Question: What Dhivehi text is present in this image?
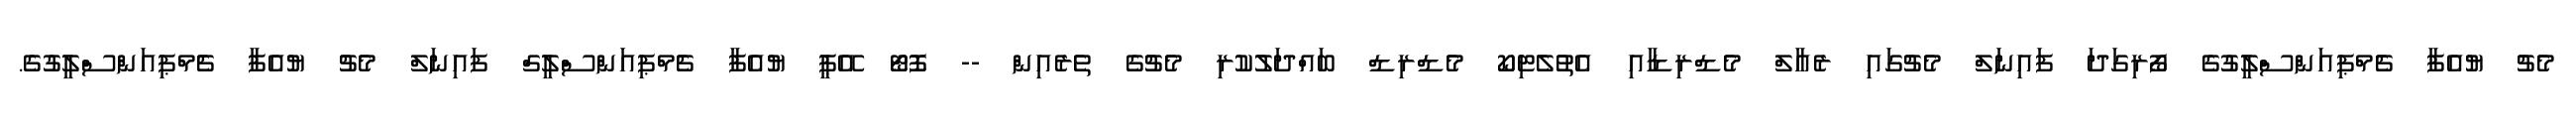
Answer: މެޗު ޔުއެފާ ޗެމްޕިއަންސްލީގުގެ ފޯރިގަދަ ފައިނަލް މެޗުގައި ރެއާލް މެޑްރިޑާއި އެތުލެޓިކޯ މެޑްރިޑް ބައްދަލުކުރި މެޗުގެ ތެރެއިން -- ފޮޓޯ އޭޕީ ޔުއެފާ ޗެމްޕިއަންސްލީގް ފައިނަލް މެޗު ޔުއެފާ ޗެމްޕިއަންސްލީގުގެ.